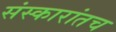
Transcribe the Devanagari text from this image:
संस्कारांतच